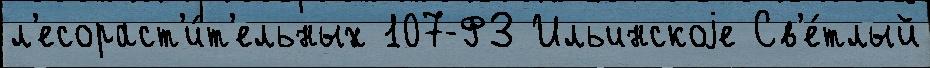
л'есораст'и́т'ельных 107-ФЗ Ильинскоjе Св'е́тлый